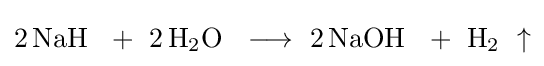
{2\,\mathrm {NaH} ~\ {}+{}\ 2\,\mathrm {H} {\vphantom {A}}_{\smash[{t}]{2}}\mathrm {O} ~\ \longrightarrow \ 2\,\mathrm {NaOH} ~\ {}+{}\ \mathrm {H} {\vphantom {A}}_{\smash[{t}]{2}}~\uparrow }